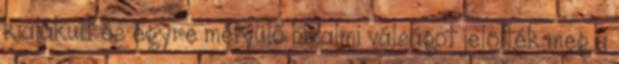
kialakult és egyre mélyülő bizalmi válságot jelölték meg a